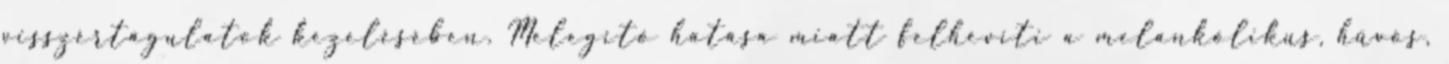
visszértágulatok kezelésében. Melegítő hatása miatt felhevíti a melankólikus, hűvös,